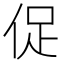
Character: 促